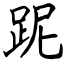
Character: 跜